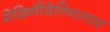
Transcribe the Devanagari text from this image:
मेदिनीवेण्णिलाव